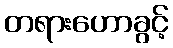
တရားဟောခွင့်